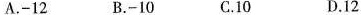
A.-12 B.-10 C.10 D.12